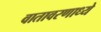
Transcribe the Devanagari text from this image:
वातावरणाध्ये